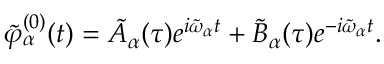
\tilde { \varphi } _ { \alpha } ^ { ( 0 ) } ( t ) = \tilde { A } _ { \alpha } ( \tau ) e ^ { i \tilde { \omega } _ { \alpha } t } + \tilde { B } _ { \alpha } ( \tau ) e ^ { - i \tilde { \omega } _ { \alpha } t } .